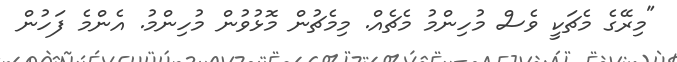
"މިރޭގެ މެޗަކީ ވެސް މުހިންމު މެޗެއް. މިމެޗުން މޮޅުވުން މުހިންމު. އެންމެ ފަހުން